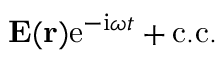
{ \bf E } ( { \bf r } ) \mathrm { e } ^ { - \mathrm { i } \omega t } + \mathrm { c . c . }